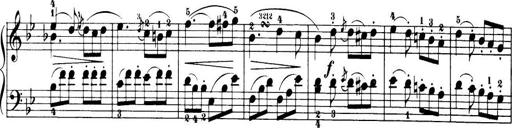
Title: 32 Sonatinas and Rondos for the Piano
Composer: Richard Kleinmichel